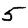
Digit: 5